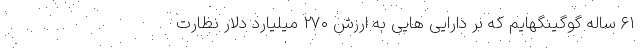
۶۱ ساله گوگینگهایم که بر دارایی هایی به ارزش ۲۷۰ میلیارد دلار نظارت